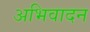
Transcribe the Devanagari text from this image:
अभिवादन